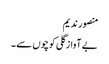
منصور ندیم
بے آواز گلی کوچوں سے ۔